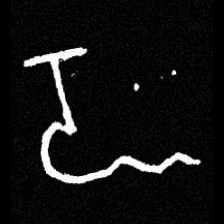
Pyu character \u2014 Myanmar letter: ဍ (romanized: dda)